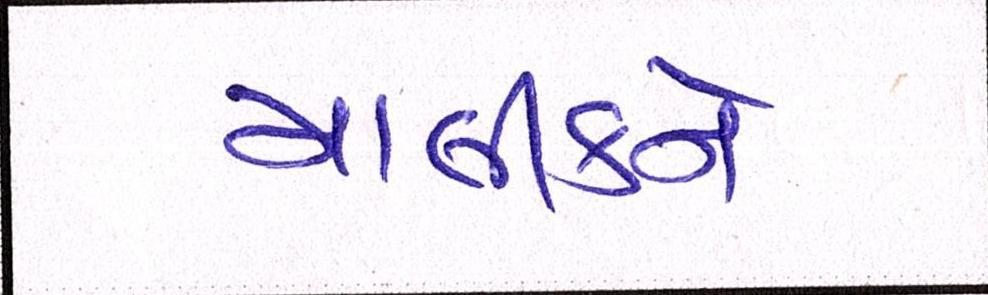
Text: માલીકને